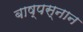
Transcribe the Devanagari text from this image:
बाष्पस्नान